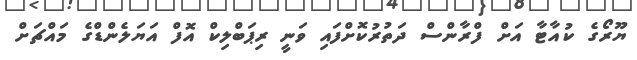
ޔޫރޯގެ ކުއާޓާ އަށް ފްރާންސް ދަތުރުކޮށްފައި ވަނީ ރިޕަބްލިކް އޮފް އަޔަލެންޑްގެ މައްޗަށް